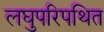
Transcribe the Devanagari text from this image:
लघुपरिपथित